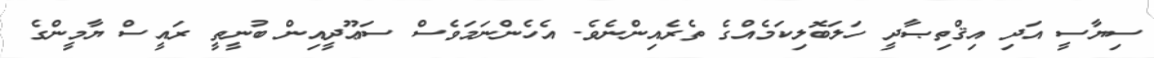
ސިޔާސީ އަދި އިޤްތިޞާދީ ހަލަބޮލިކަމެއްގެ ތެރެއިންނެވެ. އެހެންނަމަވެސް ސަޢޫދީއިން ބުނީތީ ރައީސް ޔާމީންގެ